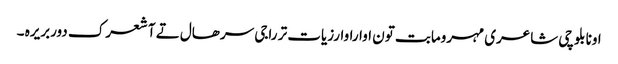
اونا بلوچی شاعری مہرومابت تون اواراوارزیات تر راجی سرھال تے آ شعرک دوربریرہ ۔